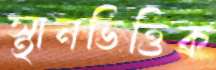
স্থানভিত্তিক